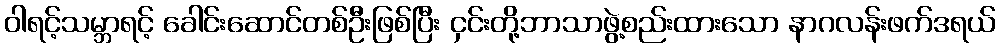
ဝါရင့်သမ္ဘာရင့် ခေါင်းဆောင်တစ်ဦးဖြစ်ပြီး ငှင်းတို့ဘာသာဖွဲ့စည်းထားသော နာဂလန်းဖက်ဒရယ်